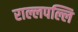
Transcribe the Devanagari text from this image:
राल्लपल्लि